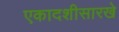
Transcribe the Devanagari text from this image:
एकादशीसारखे